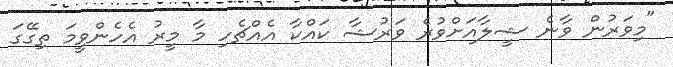
"މިވަރުން ވާނެ ޝީލާއަށްވުރެ ވަރުޝާ ކައްކާ އެއްޗެހި މާ މީރު އެހެންވީމަ ތިގޭގަ